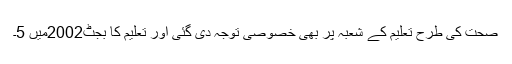
صحت کی طرح تعلیم کے شعبہ پر بھی خصوصی توجہ دی گئی اور تعلیم کا بجٹ2002میں 5۔